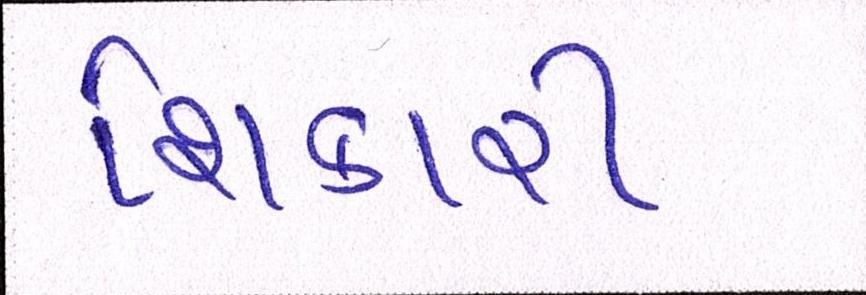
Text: શિકારી